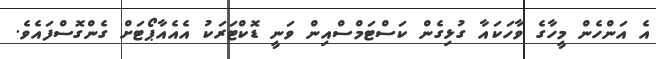
އެ އަންހެން މީހާގެ ވާހަކައާ ގުޅިގެން ކަސްޓަމްސްއިން ވަނީ ޑޮކްޓަރަކު އެއެއާޕޯޓަށް ގެންގޮސްފައެވެ.